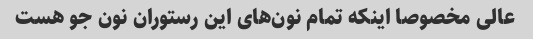
عالی مخصوصا اینکه تمام نون‌های این رستوران نون جو هست